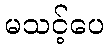
မသင့်ပေ